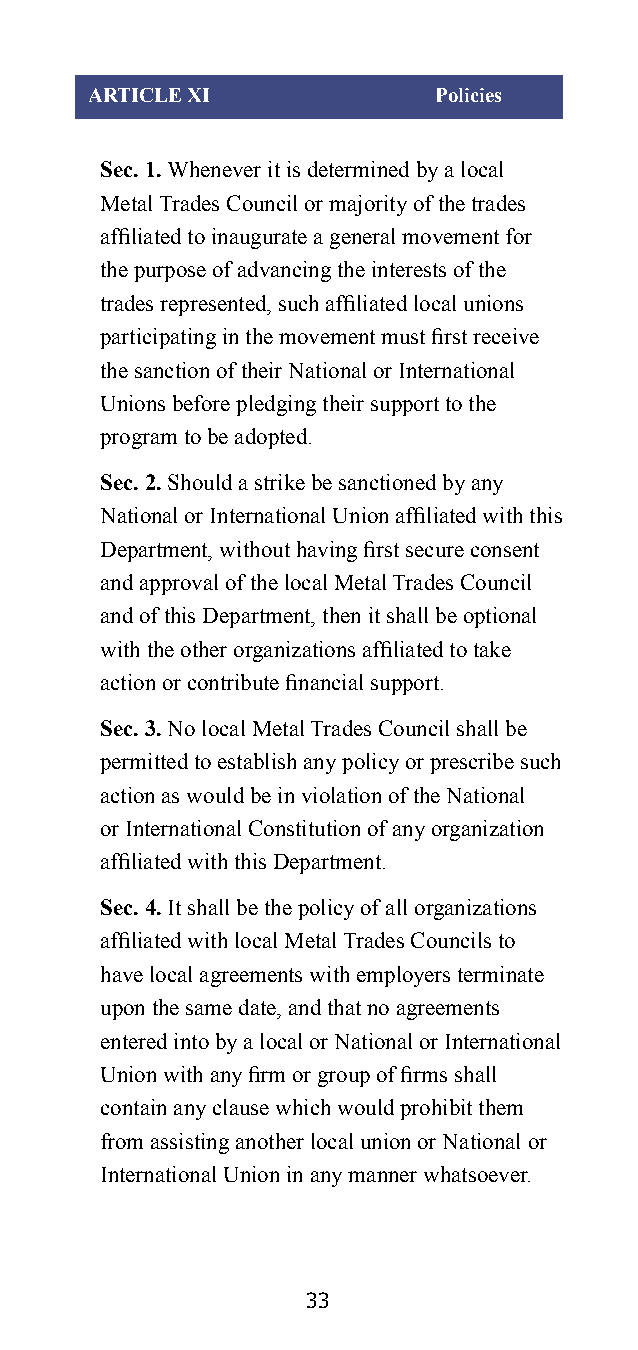
ARTICLE XI             Policies
 Sec. 1. Whenever it is determined by a local
 Metal Trades Council or majority of the trades
 affiliated to inaugurate a general movement for
 the purpose of advancing the interests of the
 trades represented, such affiliated local unions
 participating in the movement must first receive
 the sanction of their National or International
 Unions before pledging their support to the
 program to be adopted.
 Sec. 2. Should a strike be sanctioned by any
 National or International Union affiliated with this
 Department, without having first secure consent
 and approval of the local Metal Trades Council
 and of this Department, then it shall be optional
 with the other organizations affiliated to take
 action or contribute financial support.
 Sec. 3. No local Metal Trades Council shall be
 permitted to establish any policy or prescribe such
 action as would be in violation of the National
 or International Constitution of any organization
 affiliated with this Department.
 Sec. 4. It shall be the policy of all organizations
 affiliated with local Metal Trades Councils to
 have local agreements with employers terminate
 upon the same date, and that no agreements
 entered into by a local or National or International
 Union with any firm or group of firms shall
 contain any clause which would prohibit them
 from assisting another local union or National or
 International Union in any manner whatsoever.
 33